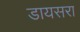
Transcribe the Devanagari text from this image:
डायसरा